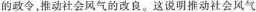
的政令，推动社会风气的改良。这说明推动社会风气